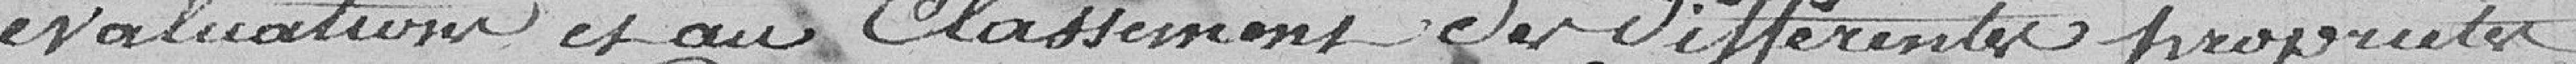
évaluations et au classement des différentes propriétés